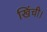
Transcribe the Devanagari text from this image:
खिंची।